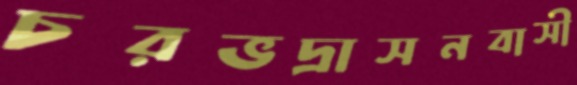
চরভদ্রাসনবাসী